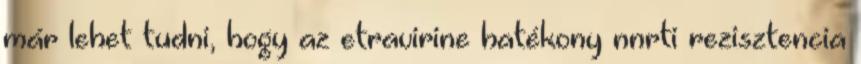
már lehet tudni, hogy az etravirine hatékony nnrti rezisztencia